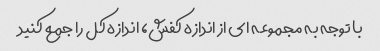
با توجه به مجموعه ای از اندازه کفش، اندازه کل را جمع کنید